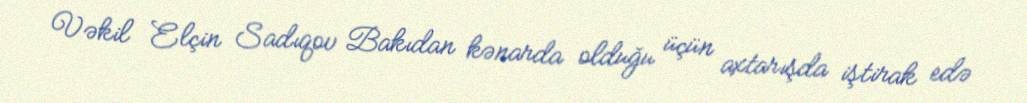
Vəkil Elçin Sadıqov Bakıdan kənarda olduğu üçün axtarışda iştirak edə